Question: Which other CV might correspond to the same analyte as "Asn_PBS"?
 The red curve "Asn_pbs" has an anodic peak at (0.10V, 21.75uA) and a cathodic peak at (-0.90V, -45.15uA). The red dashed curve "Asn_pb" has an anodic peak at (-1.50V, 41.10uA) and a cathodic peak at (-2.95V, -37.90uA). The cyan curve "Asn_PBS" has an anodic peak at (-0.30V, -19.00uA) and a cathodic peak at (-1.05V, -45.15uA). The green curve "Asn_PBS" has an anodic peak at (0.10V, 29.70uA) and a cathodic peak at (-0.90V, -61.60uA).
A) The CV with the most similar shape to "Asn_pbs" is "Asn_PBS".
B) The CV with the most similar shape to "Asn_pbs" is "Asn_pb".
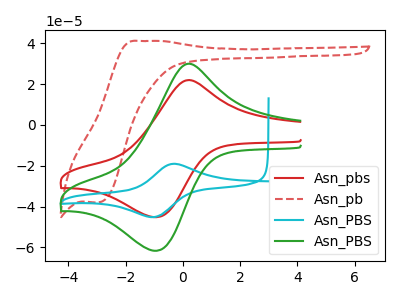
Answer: <think>"Asn_pbs" and "Asn_pb" have at least one peak that do not match. "Asn_pbs" and "Asn_PBS" have at least one peak that do not match. All the peaks in "Asn_pbs" have a peak in "Asn_PBS" at the same potential. Every peak in "Asn_pbs" is lower than every peak in "Asn_PBS". "Asn_pb" and "Asn_PBS" have at least one peak that do not match. "Asn_pb" and "Asn_PBS" have at least one peak that do not match. "Asn_PBS" and "Asn_PBS" have at least one peak that do not match.
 </think>
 <answer>A) The CV with the most similar shape to "Asn_pbs" is "Asn_PBS".</answer>
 <eval>A</eval>